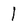
Character: 1